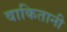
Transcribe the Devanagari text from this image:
वाकितानी